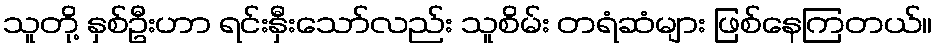
သူတို့ နှစ်ဦးဟာ ရင်းနှီးသော်လည်း သူစိမ်း တရံဆံများ ဖြစ်နေကြတယ်။